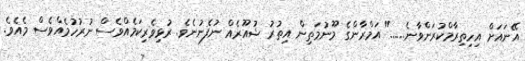
އޭނައަށް އިހިތިރާމްކުރަންވާނެ......" އަމްރާންގެ މޫނުމަތިން އިތުރު ޝުއޫރެއް ނުފެނުނެވެ. ރުޅިވެރިކަމެއްވެސް ނުރުހުމެއްވެސް މެއެވެ.